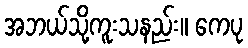
အဘယ်သို့ကူးသနည်း။ ကေပု